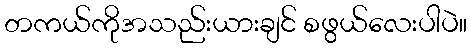
တကယ်ကိုအသည်းယားချင် စဖွယ်လေးပါပဲ။